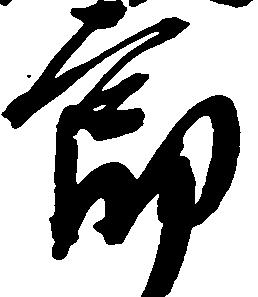
郎